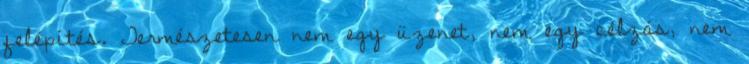
felépítés. Természetesen nem egy üzenet, nem egy célzás, nem